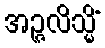
အဉ္ဇလိသ္မိံ